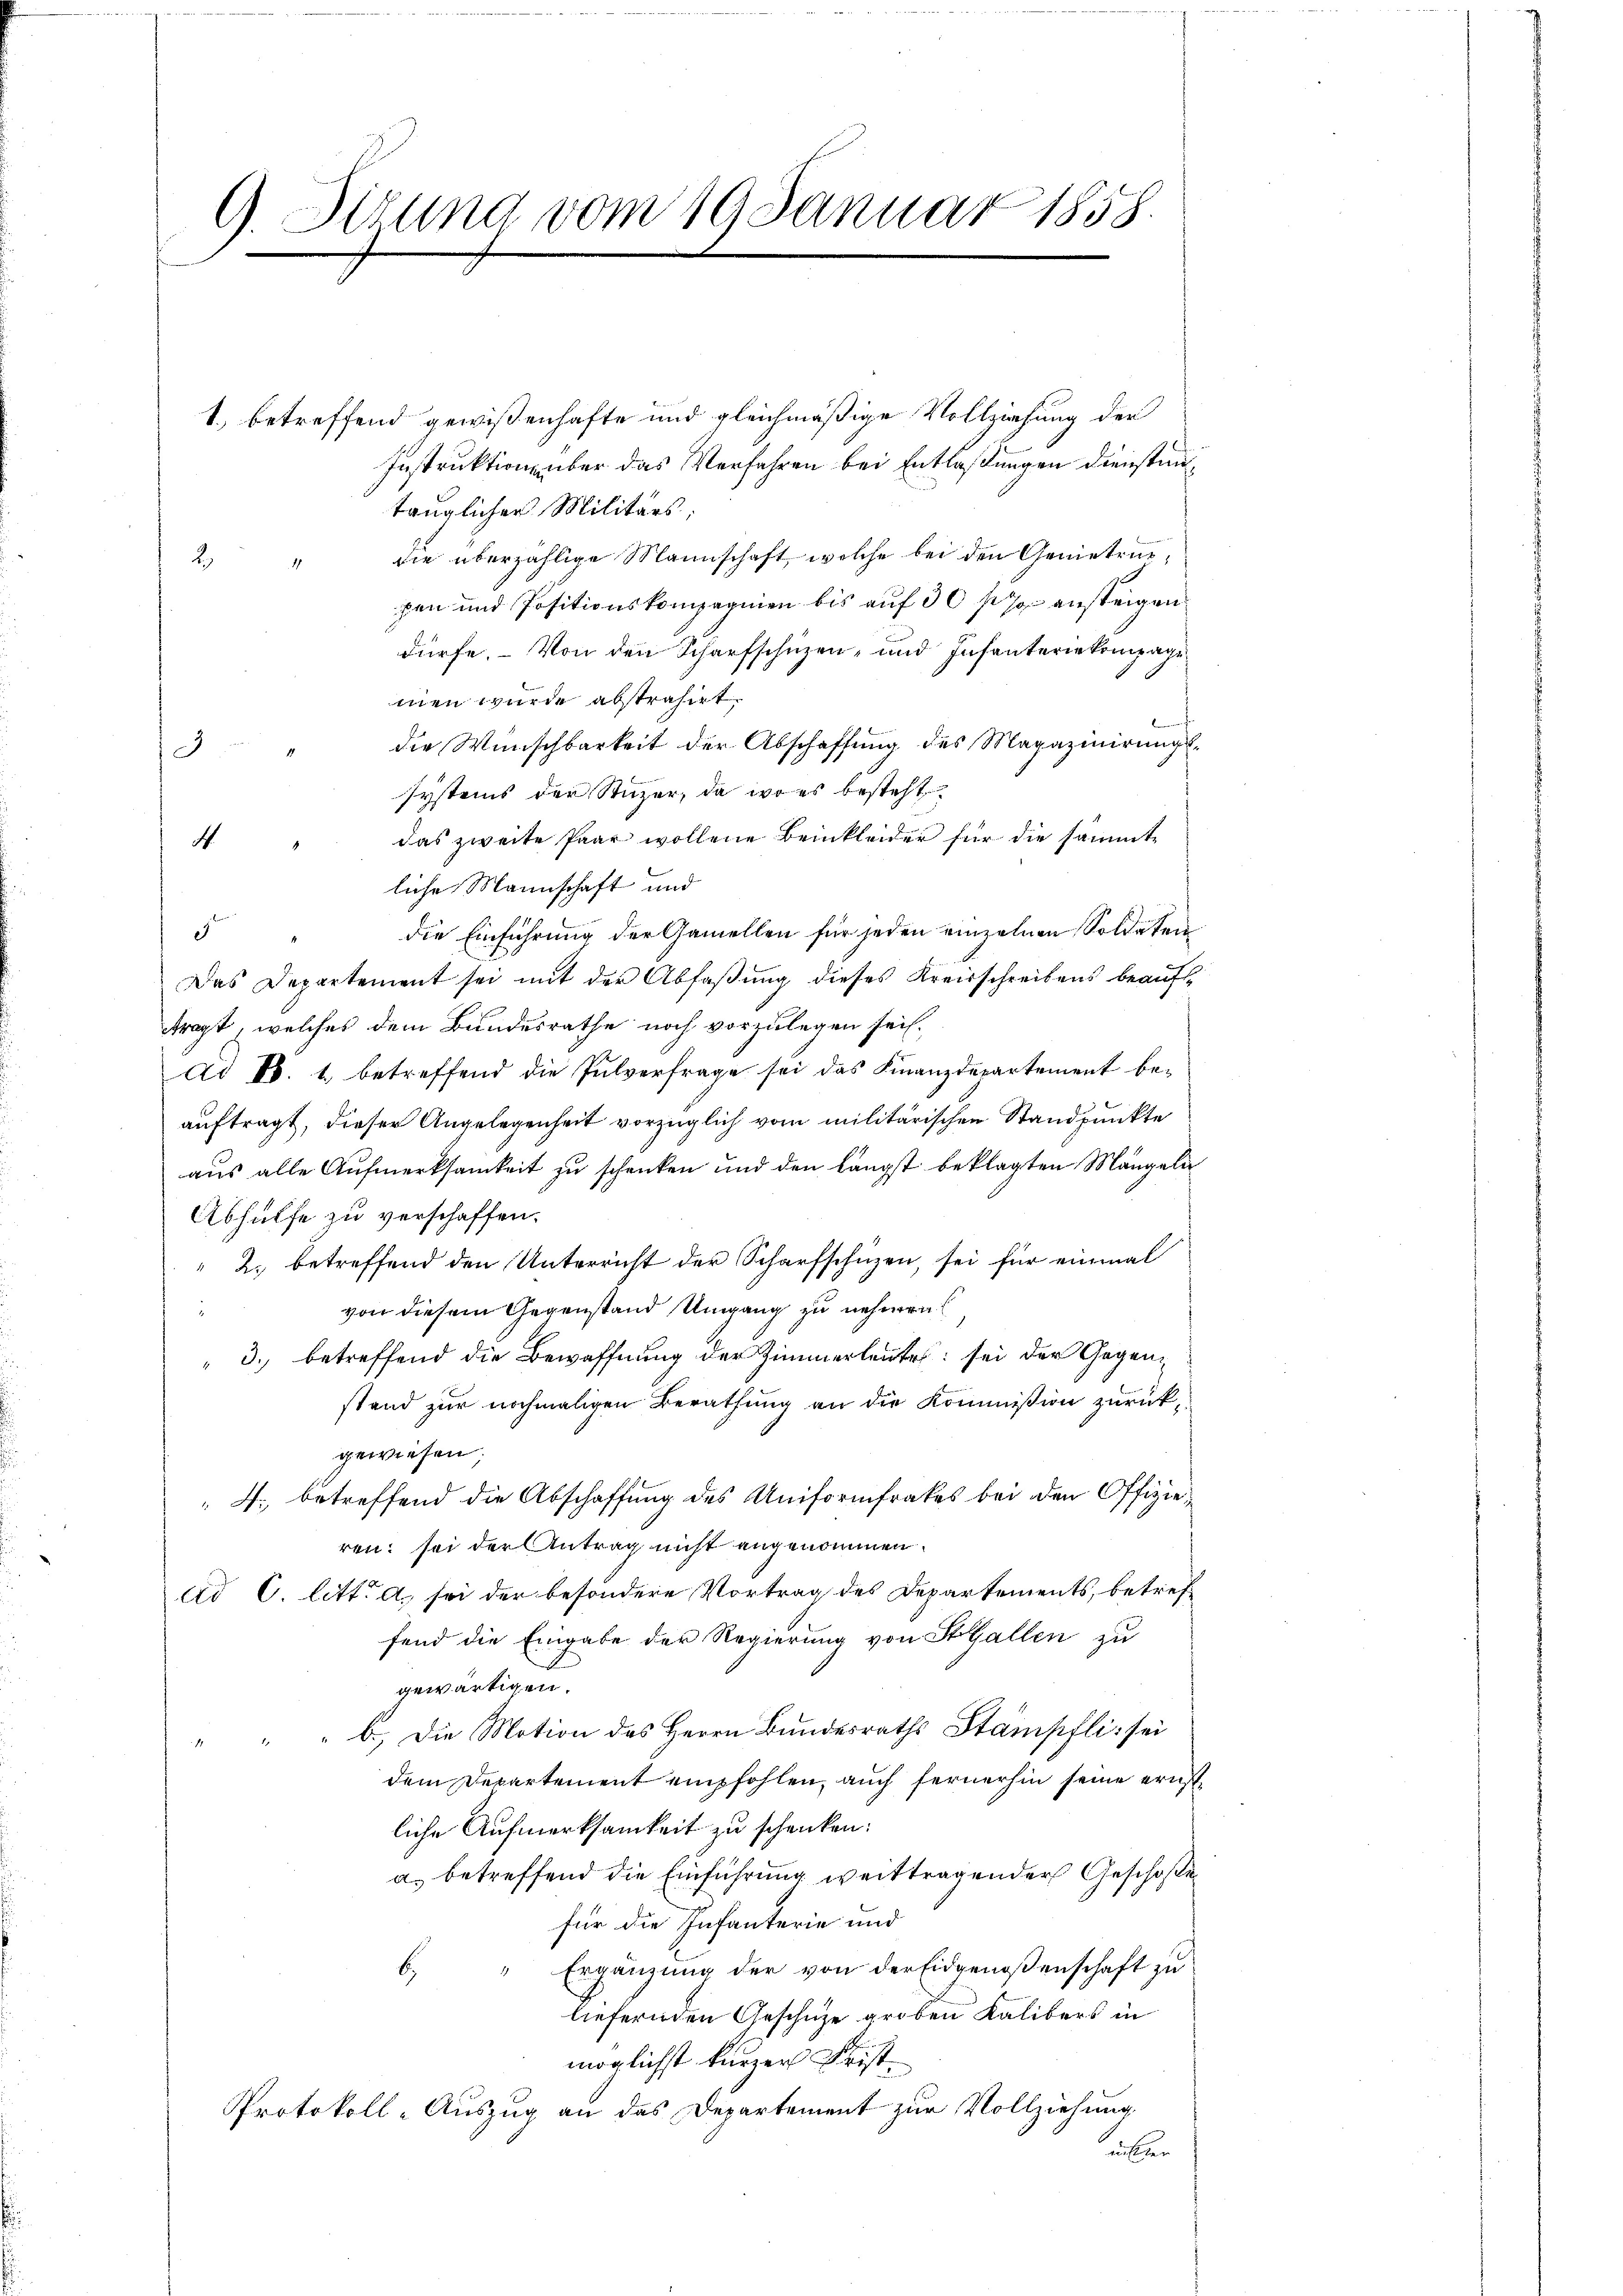
9. Situng vom 19 Januar 1858.

1.) betreffend gewißenhafte und gleichmäßige Vollziehung der
Instruktione über das Verfahren bei Entlaßungen dienstuntrüglicher Militärs,
die überzählige Mannschaft, welche bei den Genietrie¬
2.
1.
pen und Positionskompagnien bis auf 30 f 7 ansteigen
dürfe. - Von den Scharfschutzen- und Infanteriekompagmen wurde abstrahirt.
die Wünschbarkeit der Abschaffung des Magazinirungsd
systems der Stuzer, da wo es besteht
das zweite Paar wollene Beinkleider für die sämmt¬
4
liche Mannschaft und
die Einführung der Gamellen für jeden einzelnen Soldaten
9
Das Departement sei mit der Abfaßung dieses Kreisschreibens beauft
tragt, welches dem Bundesrathe noch vorzulegen sei.
di Bd. 1. betreffend die Pulverfrage sei das Finanzdepartement beauftragt, dieser Angelegenheit vorzüglich vom militärischen Standpunkte
aus alle Aufmerksamkeit zu schenken und den längst beklagten Mängeln
Abhülfe zu verschaffen.
" 2. betreffend den Unterricht der Scharfschüzen, sei für einmal
von diesem Gegenstand Umgang zu nehmens
 3. betreffend die Bewaffnung der Zimmerleute sei der Gegenstand zur nochmaligen Berathung an die Kommission zurückgewiesen;
 4. betreffend die Abschaffung des Uniformfrakes bei den Offizieren: sei der Antrag nicht angenommen.
dd C. litt. a, sei der besondere Vortrag des Departements, betreffend die Eingabe der Regierung von StGallen zu
gewärtigen.
b.) Die Motion des Herrn Bundesraths Stämpfli sei
dem Departement empfohlen, auch fernerhin seine ernstliche Aufmerksamkeit zu schenken:
a. betreffend die Einführung weittragender Geschoße
für die Infanterie und
b. " Ergänzung der von der Eidgenoßenschaft zu
liefernden Geschütze groben Kalibers in
möglichst kurzer Frist¬
Protokoll-Auszug an das Departement zur Vollziehung
unseren